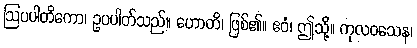
ဩပပါတိကော၊ ဥပပါတ်သည်။ ဟောတိ၊ ဖြစ်၏။ ဧဝံ၊ ဤသို့။ ကုလဝသေန၊